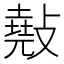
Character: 𢿣